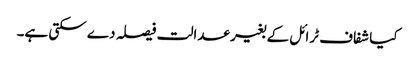
کیا شفاف ٹرائل کے بغیر عدالت فیصلہ دے سکتی ہے۔